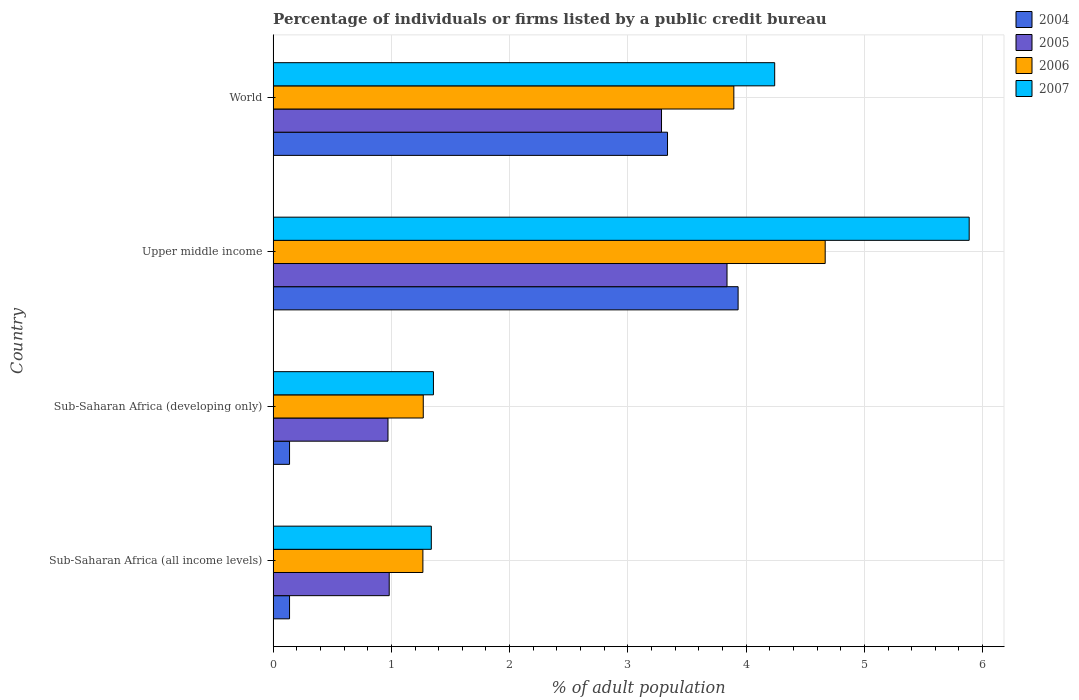
| Country | 2004 | 2005 | 2006 | 2007 |
 | --- | --- | --- | --- | --- |
 | Sub-Saharan Africa (all income levels) | 0.139 | 0.982 | 1.27 | 1.34 |
 | Sub-Saharan Africa (developing only) | 0.139 | 0.971 | 1.27 | 1.36 |
 | Upper middle income | 3.93 | 3.84 | 4.67 | 5.89 |
 | World | 3.34 | 3.28 | 3.9 | 4.24 |